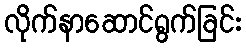
လိုက်နာဆောင်ရွက်ခြင်း